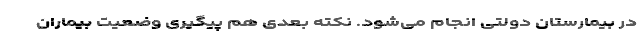
در بیمارستان دولتی انجام می‌شود. نکته بعدی هم پیگیری وضعیت بیماران